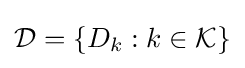
{\mathcal {D}}=\{D_{k}:k\in {\mathcal {K}}\}